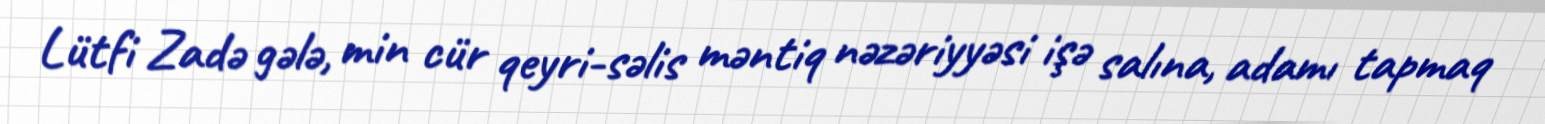
Lütfi Zadə gələ, min cür qeyri-səlis məntiq nəzəriyyəsi işə salına, adamı tapmaq